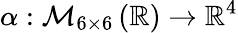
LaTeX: \alpha:\mathcal{M}_{6\times 6}\left(\mathbb{R}\right)\to\mathbb{R}^{4}